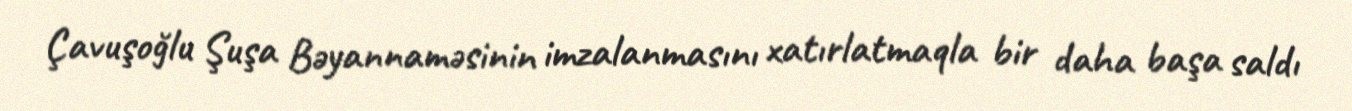
Çavuşoğlu Şuşa Bəyannaməsinin imzalanmasını xatırlatmaqla bir daha başa saldı